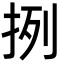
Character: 挒